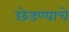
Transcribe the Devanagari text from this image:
छेडण्याचे